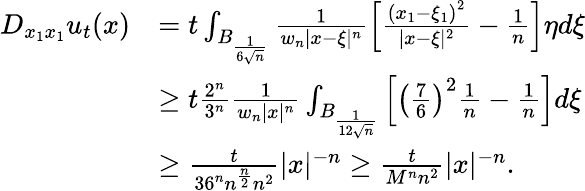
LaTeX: \begin{array}{rl}{D_{x_{1}x_{1}}u_{t}(x)}&{=t\int_{B_{\frac{1}{6\sqrt{n}}}}\frac{1}{w_{n}|x-\xi|^{n}}\left[\frac{\left(x_{1}-\xi_{1}\right)^{2}}{|x-\xi|^{2}}-\frac{1}{n}\right]\eta d\xi}\\ &{\geq t\frac{2^{n}}{3^{n}}\frac{1}{w_{n}|x|^{n}}\int_{B_{\frac{1}{12\sqrt{n}}}}\left[\left(\frac{7}{6}\right)^{2}\frac{1}{n}-\frac{1}{n}\right]d\xi}\\ &{\geq\frac{t}{36^{n}n^{\frac{n}{2}}n^{2}}|x|^{-n}\geq\frac{t}{M^{n}n^{2}}|x|^{-n}.}\end{array}